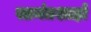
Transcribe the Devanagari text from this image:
सामंतशाहों